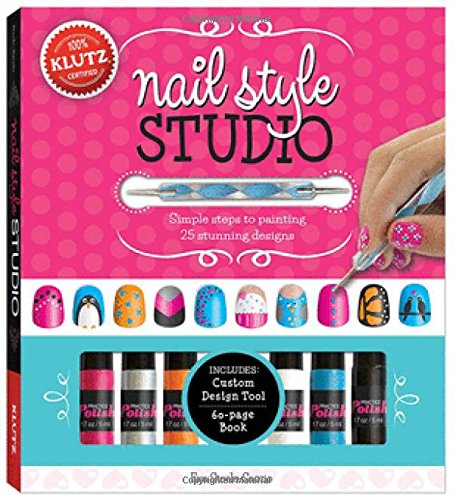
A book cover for Klutz Nail Style Studio Book Kit; Eva Steele-Saccio; Children's Books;